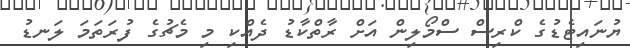
ޔުނައިޓެޑުގެ ކްރިސް ސްމޯލިން އަށް ރާތްކާޑު ދެއްކި މި މެޗުގެ ފުރަތަމަ ލަނޑު